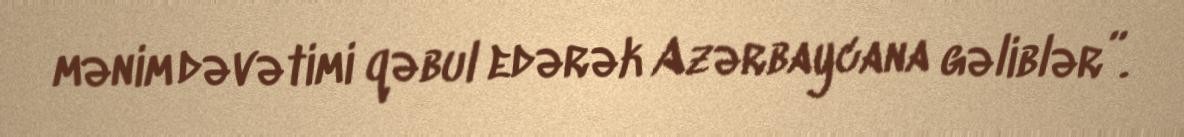
mənim dəvətimi qəbul edərək Azərbaycana gəliblər”.